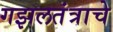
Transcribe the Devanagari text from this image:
गझलतंत्राचे